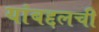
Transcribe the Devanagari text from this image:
यांबद्दलची